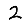
Digit: 2